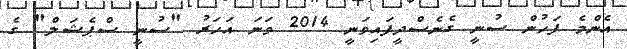
އެންމެ ފަހުން ސުނީ ގެނެސްދީފައިވަނީ 2014 ވަނަ އަހަރު "ސުނީ ސްޕެޝަލް" ގެ